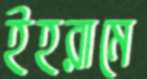
ইহরামে